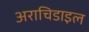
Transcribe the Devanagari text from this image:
अराचिडाइल